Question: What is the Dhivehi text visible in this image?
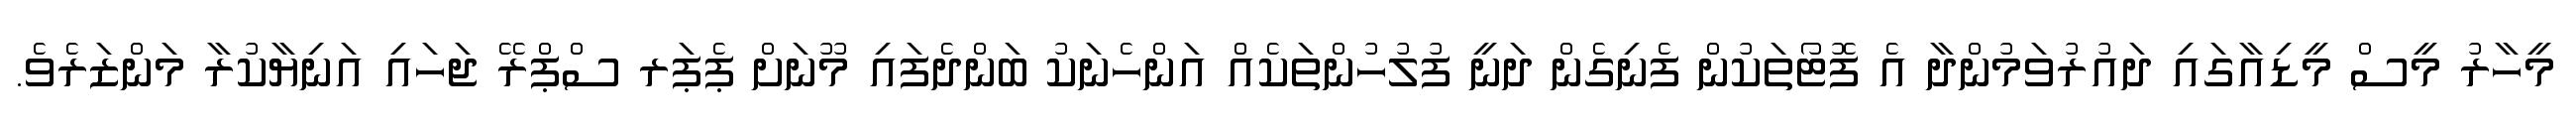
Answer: މީހާރު މީސް މީޑިއާގައި ދައުރުވަމުންދާ އެ ފޮޓޯތަކުން ފެނިގެން ދަނީ ފުލުހުންތަކެއް އަންހެނަކު ބަންދެފައި މޫނަށް ޕެޕަރ ސްޕްރޭ ޖަހައި އަނިޔާކުރާ މަންޒަރެވެ.